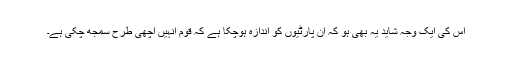
اس کی ایک وجہ شاید یہ بھی ہو کہ ان پارٹیوں کو اندازہ ہوچکا ہے کہ قوم انہیں اچھی طرح سمجھ چکی ہے۔